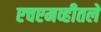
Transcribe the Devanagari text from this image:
एचएमव्हीतले